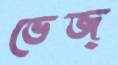
ভেজ্‌